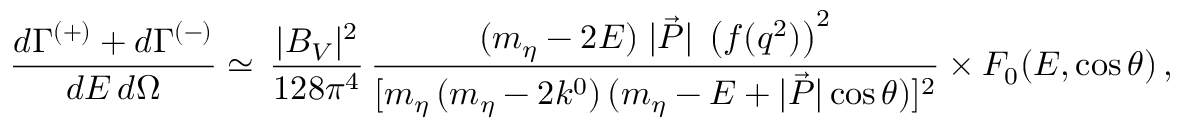
\frac { d \Gamma ^ { ( + ) } + d \Gamma ^ { ( - ) } } { d E \, d \Omega } \simeq \, \frac { | B _ { V } | ^ { 2 } } { 1 2 8 \pi ^ { 4 } } \, \frac { ( m _ { \eta } - 2 E ) \; | \vec { P } | \; \left( f ( q ^ { 2 } ) \right) ^ { 2 } } { [ m _ { \eta } \, ( m _ { \eta } - 2 k ^ { 0 } ) \, ( m _ { \eta } - E + | \vec { P } | \cos \theta ) ] ^ { 2 } } \times { \cal F } _ { 0 } ( E , \cos \theta ) \, ,